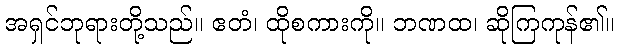
အရှင်ဘုရားတို့သည်။ ဧတံ၊ ထိုစကားကို။ ဘဏထ၊ ဆိုကြကုန်၏။